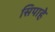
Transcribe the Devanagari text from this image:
सिपाहे